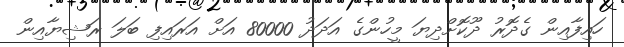
ހައިފާއިން ގެދޮރު ދޫކޮށްދިޔަ މީހުންގެ އަދަދު 80000 އަށް އަރައިފި ބަލަ ރަޝިޔާއިން